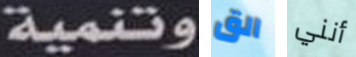
وتنمية الق أنني